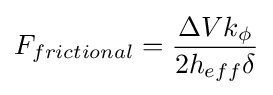
F_{frictional}={{\Delta Vk_{\phi }} \over {2h_{eff}\delta }}